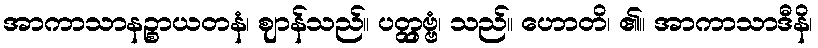
အာကာသာနဉ္စာယတနံ၊ ဈာန်သည်။ ပတ္တှဗ္ဗံ၊ သည်။ ဟောတိ၊ ၏။ အာကာသာဒီနိ၊